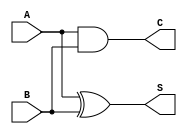
module current_mode_half_adder (
    input wire A,        // Current input A (1 or 0)
    input wire B,        // Current input B (1 or 0)
    output wire S,       // Current output Sum
    output wire C        // Current output Carry
);

// Internal signals for the logic
wire sum_temp;         // Intermediate signal for sum logic
wire carry_temp;       // Intermediate signal for carry logic

// Sum output (S) using XOR logic
assign sum_temp = A ^ B; // XOR operation for Sum
assign S = sum_temp;      // Assign to output S

// Carry output (C) using AND logic
assign carry_temp = A & B; // AND operation for Carry
assign C = carry_temp;      // Assign to output C

endmodule